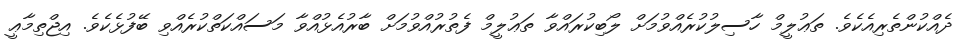
ދެއްކުންތެރިއެކެވެ. ތަޢުލީމް ހާސިލުކުރެއްވުމަށް ލޯބިކުރައްވާ ތަޢުލީމް ފެތުރުއްވުމަށް ބާރުއެޅުއްވާ މަސައްކަތްކުރެއްވި ބޭފުޅެކެވެ. އިޖްތިމާޢީ